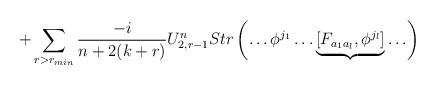
LaTeX: \begin{align*}+\sum_{r>r_{min}}\frac{-i}{n+2(k+r)}U^n_{2,r-1}Str\left(\ldots \phi^{j_1}\ldots \underbrace{[F_{a_1a_l},\phi^{j_l}]}\ldots \right)\end{align*}